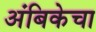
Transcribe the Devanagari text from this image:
अंबिकेचा